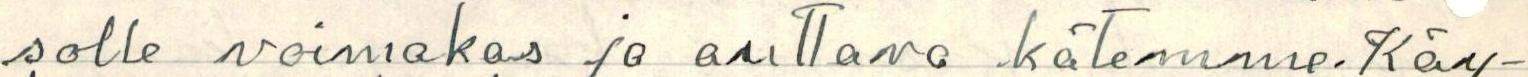
solle voimakas ja auttava kätemme. Käy-